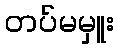
တပ်မမှူး